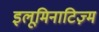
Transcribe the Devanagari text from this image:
इलूमिनाटिज़्म